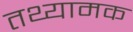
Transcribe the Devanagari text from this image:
तथ्यामक